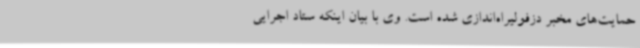
حمایت‌های مخبر دزفولیراه‌اندازی شده است. وی با بیان اینکه ستاد اجرایی